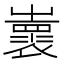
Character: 𡾨